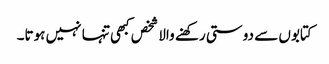
کتابوں سے دوستی رکھنے والا شخص کبھی تنہا نہیں ہوتا۔